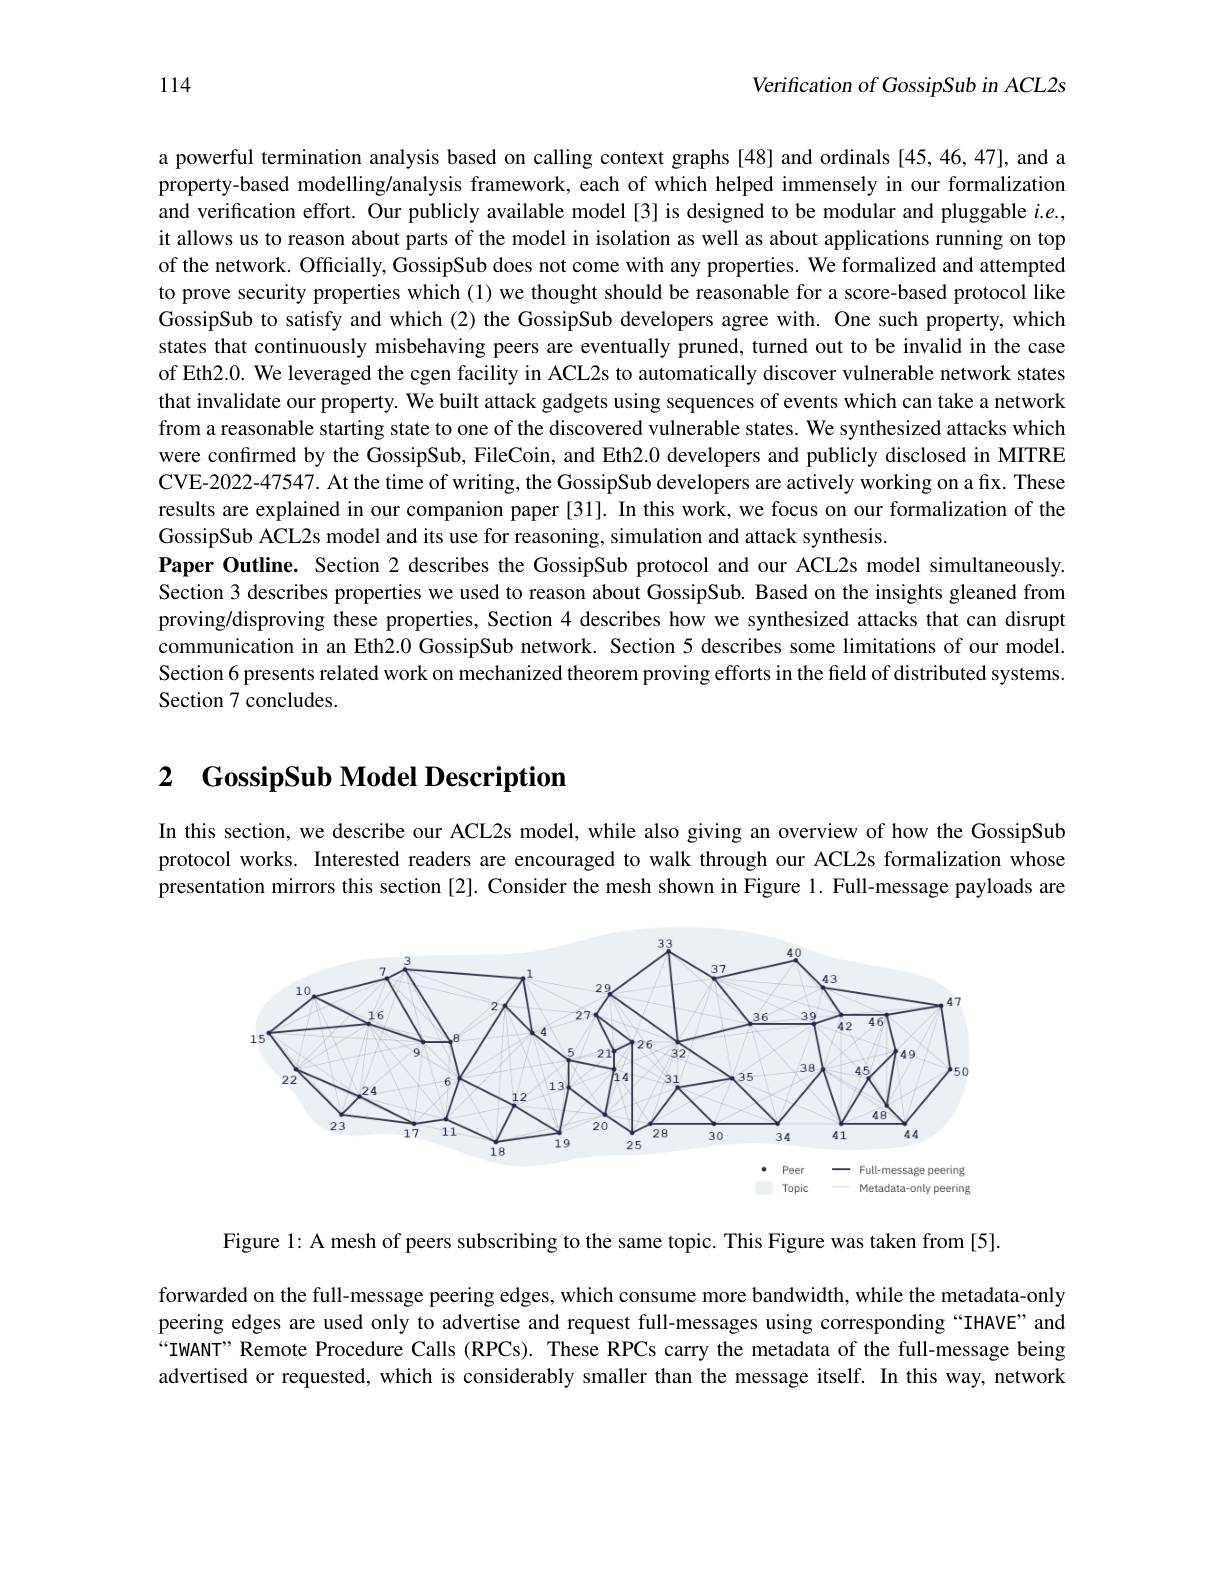
Verification of GossipSub in ACL2s

114

a powerful termination analysis based on calling context graphs [48] and ordinals [45,46,47], and a property-based modelling/analysis framework, each of which helped immensely in our formalization and verification effort. Our publicly available model [3] is designed to be modular and pluggable $i.e.$, it allows us to reason about parts of the model in isolation as well as about applications running on top of the network. Officially, GossipSub does not come with any properties. We formalized and attempted to prove security properties which (1) we thought should be reasonable for a score-based protocol like GossipSub to satisfy and which (2) the GossipSub developers agree with. One such property, which states that continuously misbehaving peers are eventually pruned, turned out to be invalid in the case of Eth2.0. We leveraged the cgen facility in ACL2s to automatically discover vulnerable network states that invalidate our property. We built attack gadgets using sequences of events which can take a network from a reasonable starting state to one of the discovered vulnerable states. We synthesized attacks which were confırmed by the GossipSub, FileCoin, and Eth2.0 developers and publicly disclosed in MITRE CVE-2022-47547. At the time of writing, the GossipSub developers are actively working on a fix. These results are explained in our companion paper [31]. In this work, we focus on our formalization of the GossipSub ACL2s model and its use for reasoning, simulation and attack synthesis.
Paper Outline. Section 2 describes the GossipSub protocol and our ACL2s model simultaneously. Section 3 describes properties we used to reason about GossipSub. Based on the insights gleaned from proving/disproving these properties, Section 4 describes how we synthesized attacks that can disrupt communication in an Eth2.0 GossipSub network. Section 5 describes some limitations of our model. Section 6 presents related work on mechanized theorem proving efforts in the field of distributed systems. Section 7 concludes.

# 2 $\textbf{GossipSub Model Description}$

In this section, we describe our ACL2s model, while also giving an overview of how the GossipSub protocol works. Interested readers are encouraged to walk through our ACL2s formalization whose presentation mirrors this section [2]. Consider the mesh shown in Figure 1. Full-message payloads are

<FigureHere>

Metadata-only peering

O Topic

Figure 1: A mesh of peers subscribing to the same topic. This Figure was taken from [5].

forwarded on the full-message peering edges, which consume more bandwidth, while the metadata-only peering edges are used only to advertise and request full-messages using corresponding “IHAVE” and “IwANT” Remote Procedure Calls (RPCs). These RPCs carry the metadata of the full-message being advertised or requested, which is considerably smaller than the message itself. In this way, network